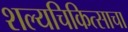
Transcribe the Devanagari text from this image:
शल्यचिकित्साचा